Annual report of the Madras Medical College
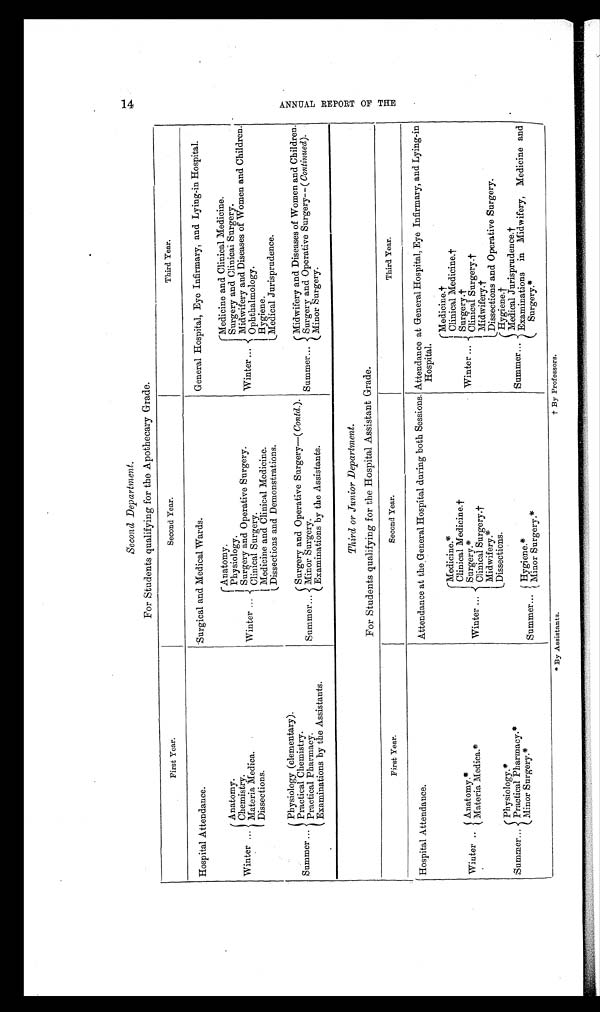
Second Department.
For Students qualifying for the Apothecary Grade.
First Year.
Second Year.
Third Year.
Hospital Attendance.
Surgical and Medical Wards.
General Hospital, Eye Infirmary, and Lying-in Hospital.
Winter ...
Anatomy.
Chemistry.
Materia Medica.
Dissections.
W i n t e r . . .
Anatomy.
Physiology.
Surgery and Operative Surgery.
Clinical Surgery.
Medicine and Clinical Medicine.
Dissections and Demonstrations.
Winter ...
Medicine and Clinical Medicine.
Surgery and Clinical Surgery.
Midwifery and Diseases of Women and Children
.
Ophthalmology.
Hygiene.
Medical Jurisprudence.
Summer ...
Physiology (elementary).
Practical Chemistry.
Practical Pharmacy.
Examinations by the Assistants.
Summer ...
Surgery and Operative Surgery—( Contd. ).
Minor Surgery.
Examinations by the Assistants.
Summer ...
Midwifery and Diseases of Women and Children.
Surgery and Operative Surgery
—( Continued).
Minor Surgery.
Third or Junior Department.
For Students qualifying for the Hospital Assistant Grade.
First Year.
Second Year.
Third Year.
Hospital Attendance.
Attendance at the General Hospital during both Sessions. Attendance at General Hospital, Eye Infirmary, and Lying-in
Hospital.
Winter ... Anatomy.*
Materia Medica.*
Winter ...
Medicine.*
Clinical Medicine.†
Surgery.*
Clinical Surgery.†
Midwifery.*
Dissections.
Winter ...
Medicine.†
Clinical Medicine.†
Surgery.†
Clinical Surgery.†
Midwifery.†
Dissections and Operative Surgery.
Summer ...
Physiology.*
Practical Pharmacy.*
Minor Surgery.*
Summer ... Hygiene.*
Minor Surgery.*
S u m m e r . . .
Hygiene.†
Medical Jurisprudence.†
Examinations in Midwifery, Medicine and
Surgery.*
*
By Assistants.
† By Professors.